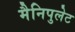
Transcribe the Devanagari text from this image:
मैनिपुलेट